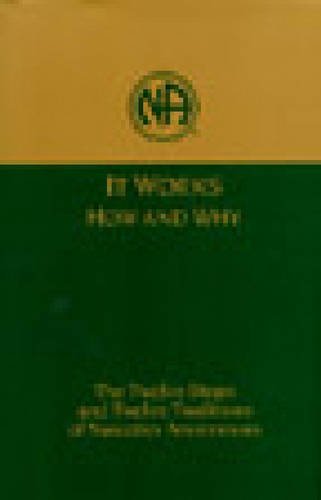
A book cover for It Works: How and Why: The Twelve Steps and Twelve Traditions of Narcotics Anonymous; World Service Office; Health, Fitness & Dieting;